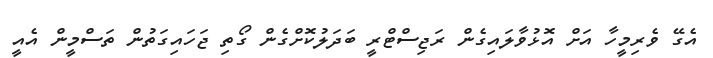
އެގޭ ވެރިމީހާ އަށް އޮޅުވާލައިގެން ރަޖިސްޓްރީ ބަދަލުކޮށްގެން ގޯތި ޖަހައިގަތުން ތަސްމީން އެއީ